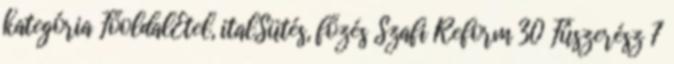
kategória FőoldalÉtel, italSütés, főzés Szafi Reform 30 Fûszerész 7